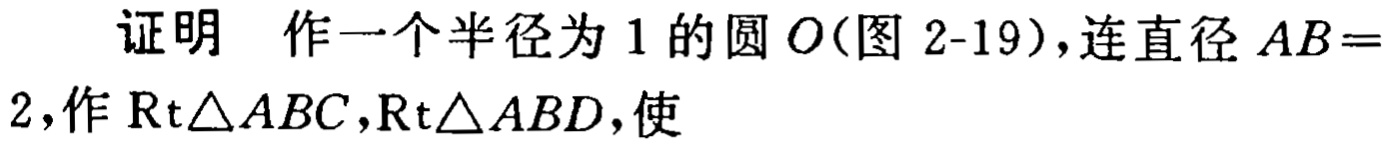
证明 作一个半径为 1 的圆 \(O\)(图 2-19)，连直径 \(AB = 2\)，作 \(\mathrm{Rt}\triangle ABC,\mathrm{Rt}\triangle ABD\)，使